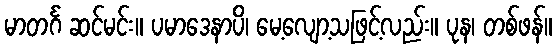
မာတင်္ဂ ဆင်မင်း။ ပမာဒေနာပိ၊ မေ့လျော့သဖြင့်လည်း။ ပုန၊ တစ်ဖန်။